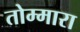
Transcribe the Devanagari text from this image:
तोम्मारा